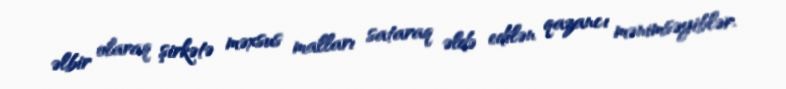
əlbir olaraq şirkətə məxsus malları sataraq əldə edilən qazancı mənimsəyiblər.